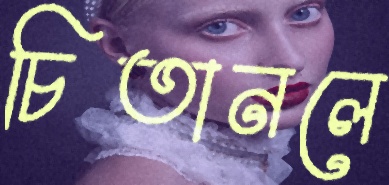
চিতানলে